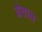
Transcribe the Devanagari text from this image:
य्रेतात